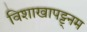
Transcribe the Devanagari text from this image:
विशाखापट्ट्नम